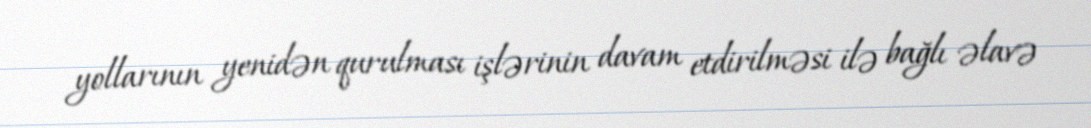
yollarının yenidən qurulması işlərinin davam etdirilməsi ilə bağlı əlavə